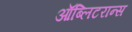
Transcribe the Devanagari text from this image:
ऑब्लिटरान्स